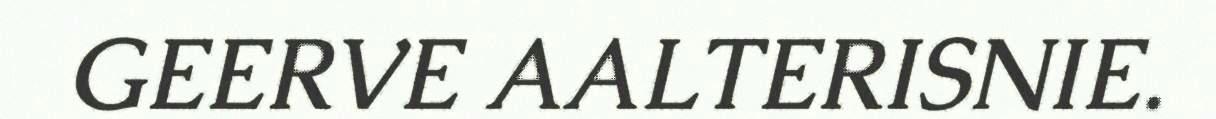
GEERVE AALTERISNIE.